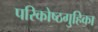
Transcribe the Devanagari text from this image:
परिकोष्ठगुहिका